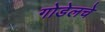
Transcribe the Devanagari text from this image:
गोडेलचे